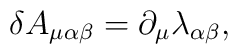
\delta A_{\mu \alpha \beta }=\partial _\mu \lambda _{\alpha \beta },